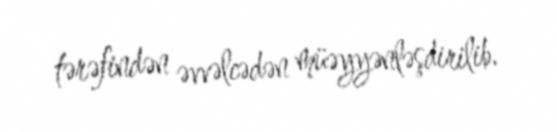
tərəfindən əvvəlcədən müəyyənləşdirilib.